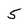
Character: 5